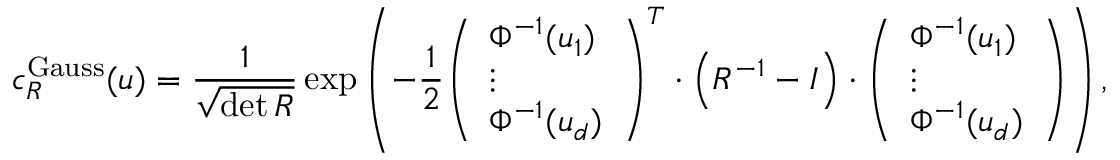
c _ { R } ^ { \mathrm { G a u s s } } ( u ) = { \frac { 1 } { \sqrt { \operatorname* { d e t } { R } } } } \exp \left( - { \frac { 1 } { 2 } } { \left( \begin{array} { l } { \Phi ^ { - 1 } ( u _ { 1 } ) } \\ { \vdots } \\ { \Phi ^ { - 1 } ( u _ { d } ) } \end{array} \right) } ^ { T } \cdot \left( R ^ { - 1 } - I \right) \cdot { \left( \begin{array} { l } { \Phi ^ { - 1 } ( u _ { 1 } ) } \\ { \vdots } \\ { \Phi ^ { - 1 } ( u _ { d } ) } \end{array} \right) } \right) ,